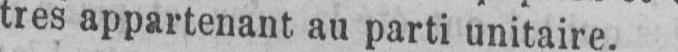
tres appartenant au parti unitaire.